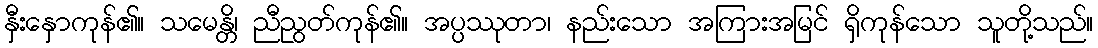
နှီးနှောကုန်၏။ သမေန္တိ၊ ညီညွတ်ကုန်၏။ အပ္ပဿုတာ၊ နည်းသော အကြားအမြင် ရှိကုန်သော သူတို့သည်။